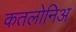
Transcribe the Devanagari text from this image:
कतलोनिअ